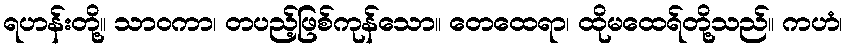
ရဟန်းတို့။ သာဝကာ၊ တပည့်ဖြစ်ကုန်သော။ တေထေရာ၊ ထိုမထေရ်တို့သည်။ ကဟံ၊